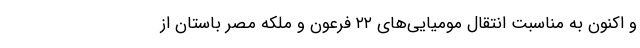
و اکنون به مناسبت انتقال مومیایی‌های ۲۲ فرعون و ملکه مصر باستان از